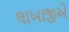
લાખાજીએ